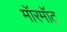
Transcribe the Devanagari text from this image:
मॉरमॉट